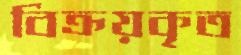
বিক্রয়কৃত